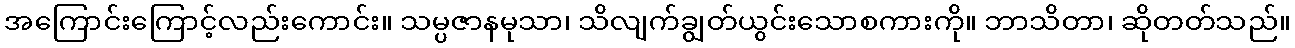
အကြောင်းကြောင့်လည်းကောင်း။ သမ္ပဇာနမုသာ၊ သိလျက်ချွတ်ယွင်းသောစကားကို။ ဘာသိတာ၊ ဆိုတတ်သည်။